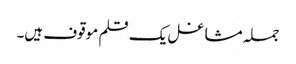
جملہ مشاغل یک قلم موقوف ہیں۔